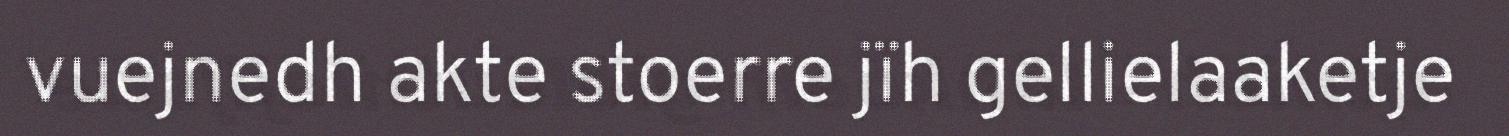
vuejnedh akte stoerre jïh gellielaaketje